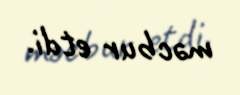
məcbur etdi.